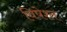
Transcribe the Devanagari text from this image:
विषेश्त